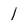
Character: l